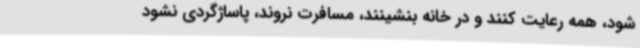
شود، همه رعایت کنند و در خانه بنشینند، مسافرت نروند، پاساژگردی نشود